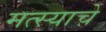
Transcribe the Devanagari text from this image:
मत्स्याचे